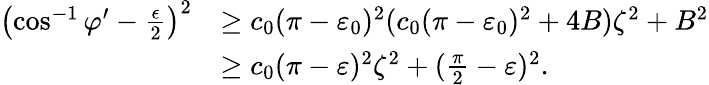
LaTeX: \begin{array}{rl}{\left(\cos^{-1}\varphi^{\prime}-\frac{\epsilon}{2}\right)^{2}}&{\geq c_{0}(\pi-\varepsilon_{0})^{2}(c_{0}(\pi-\varepsilon_{0})^{2}+4B)\zeta^{2}+B^{2}}\\ &{\geq c_{0}(\pi-\varepsilon)^{2}\zeta^{2}+(\frac{\pi}{2}-\varepsilon)^{2}.}\end{array}